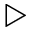
\triangleright